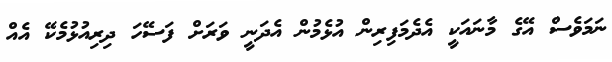
ނަމަވެސް އޭގެ މާނައަކީ އެދެމަފިރިން އުޅެމުން އެދަނީ ވަރަށް ފަސޭހަ ދިރިއުޅުމެކޭ އެއް